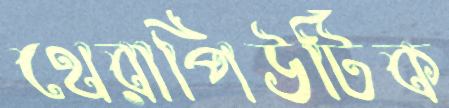
থেরাপিউটিক